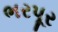
ભરપૂર